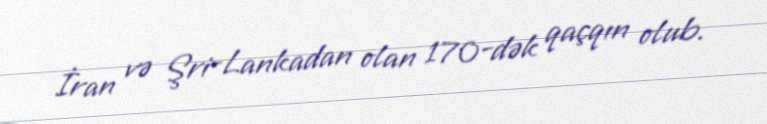
İran və Şri-Lankadan olan 170-dək qaçqın olub.